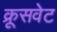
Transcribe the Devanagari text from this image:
क्रूसवेट